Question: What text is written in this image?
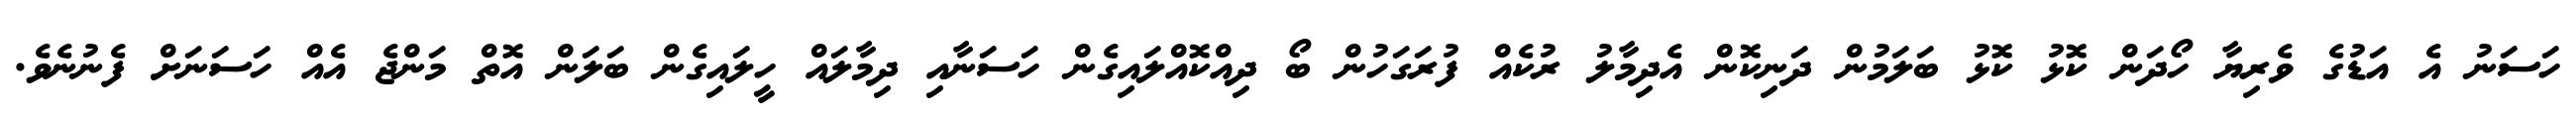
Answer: ހަސަނު އެ އަޑުގެ ވެރިޔާ ހޯދަން ކޮޅު ކޮޅު ބަލަމުން ދަނިކޮން އެދިމާލު ރުކެއް ފުރަގަހުން ބޯ ދިއްކޮއްލައިގެން ހަސަނާއި ދިމާލައް ހީލައިގެން ބަލަން އޮތް މަންޖެ އެއް ހަސަނަށް ފެނުނެވެ.